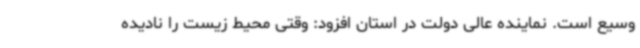
وسیع است. نماینده عالی دولت در استان افزود: وقتی محیط زیست را نادیده